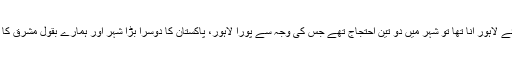
پچھلے ہفتے جب ٹی وی پروگراموں کے لئے لاہور آنا تھا تو شہر میں دو تین احتجاج تھے جس کی وجہ سے پورا لاہور، پاکستان کا دوسرا بڑا شہر اور ہمارے بقول مشرق کا پیرس، مکمل طور پہ مفلوج ہو کے رہ گیا۔